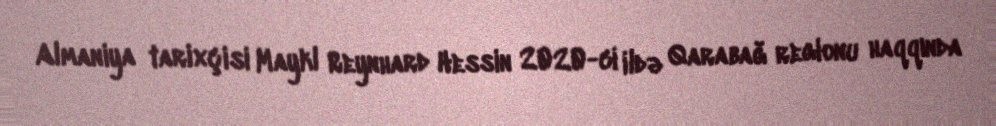
Almaniya tarixçisi Maykl Reynhard Hessin 2020-ci ildə Qarabağ regionu haqqında